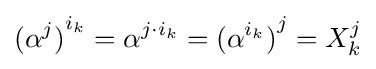
{(\alpha ^{j})}^{i_{k}}=\alpha ^{j\cdot i_{k}}={(\alpha ^{i_{k}})}^{j}=X_{k}^{j}